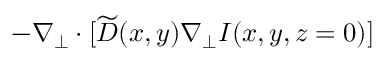
- \nabla _ { \perp } \cdot [ \widetilde { D } ( x , y ) \nabla _ { \perp } I ( x , y , z = 0 ) ]